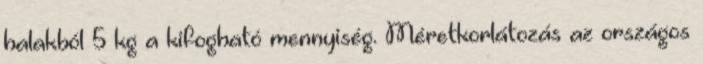
halakból 5 kg a kifogható mennyiség. Méretkorlátozás az országos